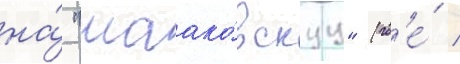
на́ "маако́вскуу" (гд'е́ /